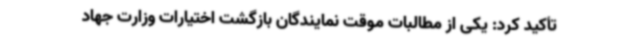
تأکید کرد: یکی از مطالبات موقت نمایندگان بازگشت اختیارات وزارت جهاد